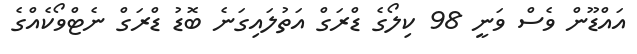
އައްޑޫން ވެސް ވަނީ 98 ކިލޯގެ ޑްރަގް އަތުލައިގަނެ ބޮޑު ޑްރަގް ނެޓްވޯކެއްގެ